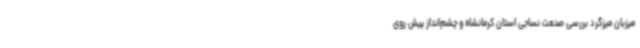
میزبان میزگرد بررسی صنعت نساجی استان کرمانشاه و چشم‌انداز پیش روی